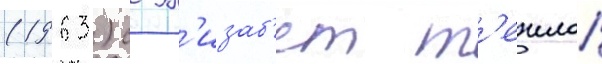
(1963) с эл'изаб'ет т'еилор